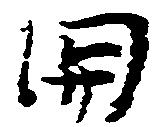
関